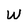
Character: W